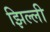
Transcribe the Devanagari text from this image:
झिल्‍ली